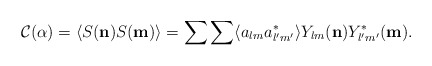
\begin{align*}{\mathcal C} (\alpha) = \langle S({\bf n}) S({\bf m})\rangle = \sum\sum \langle a_{lm}a_{l'm'}^*\rangle Y_{lm}({\bf n})Y_{l'm'}^*({\bf m}).\end{align*}